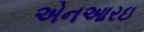
એનઆરઇ